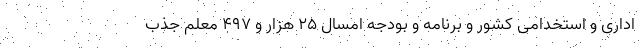
اداری و استخدامی کشور و برنامه و بودجه امسال ۲۵ هزار و ۴۹۷ معلم جذب